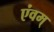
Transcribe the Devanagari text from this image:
एंवम्